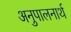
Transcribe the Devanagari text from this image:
अनुपालनार्थ